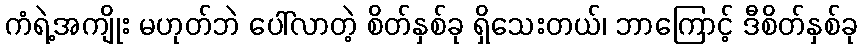
ကံရဲ့အကျိုး မဟုတ်ဘဲ ပေါ်လာတဲ့ စိတ်နှစ်ခု ရှိသေးတယ်၊ ဘာကြောင့် ဒီစိတ်နှစ်ခု